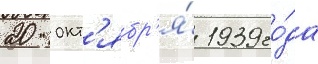
20 окт'ябр'я́ 1939 го́да